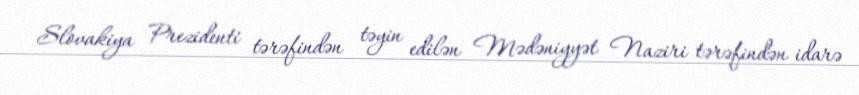
Slovakiya Prezidenti tərəfindən təyin edilən Mədəniyyət Naziri tərəfindən idarə